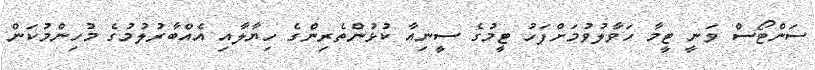
ސަންޓޯސް ވަނީ ޓީމާ ހަވާލުވުމަށްފަހު ޓީމުގެ ސީނިއާ ކުޅުންތެރިންގެ ހިޔާލާއި އެއްބާރުލުމުގެ މުހިންމުކަން